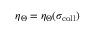
\eta _ { \Theta } = \eta _ { \Theta } ( \sigma _ { \mathrm { c o l l } } )